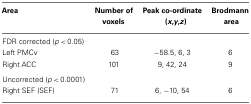
<table><thead><tr><td><b>Area</b></td><td><b>Number ofvoxels</b></td><td><b>Peak co-ordinate(<i>x</i>,<i>y</i>,<i>z</i>)</b></td><td><b>Brodmannarea</b></td></tr></thead><tbody><tr><td>FDR corrected (<i>p</i> &lt; 0.05)</td></tr><tr><td>Left PMCv</td><td>63</td><td>−58.5, 6, 3</td><td>6</td></tr><tr><td>Right ACC</td><td>101</td><td>9, 42, 24</td><td>9</td></tr><tr><td>Uncorrected (<i>p</i> &lt; 0.0001)</td></tr><tr><td>Right SEF (SEF)</td><td>71</td><td>6, −10, 54</td><td>6</td></tr></tbody></table>